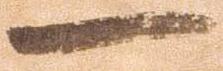
一